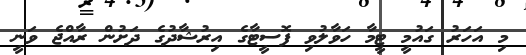
މި އަހަރު ގައުމީ ޓީމާ ހަވާލުވި ފޮސީޓާގެ އިރުޝާދުގެ ދަށުން ރާއްޖެ ވަނީ